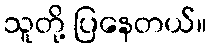
သူတို့ ပြနေတယ်။